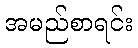
အမည်စာရင်း